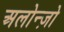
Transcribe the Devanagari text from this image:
अलोन्ज़ो